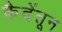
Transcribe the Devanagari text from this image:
कैदेंतून